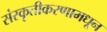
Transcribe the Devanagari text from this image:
संस्कृतीकरणामधून